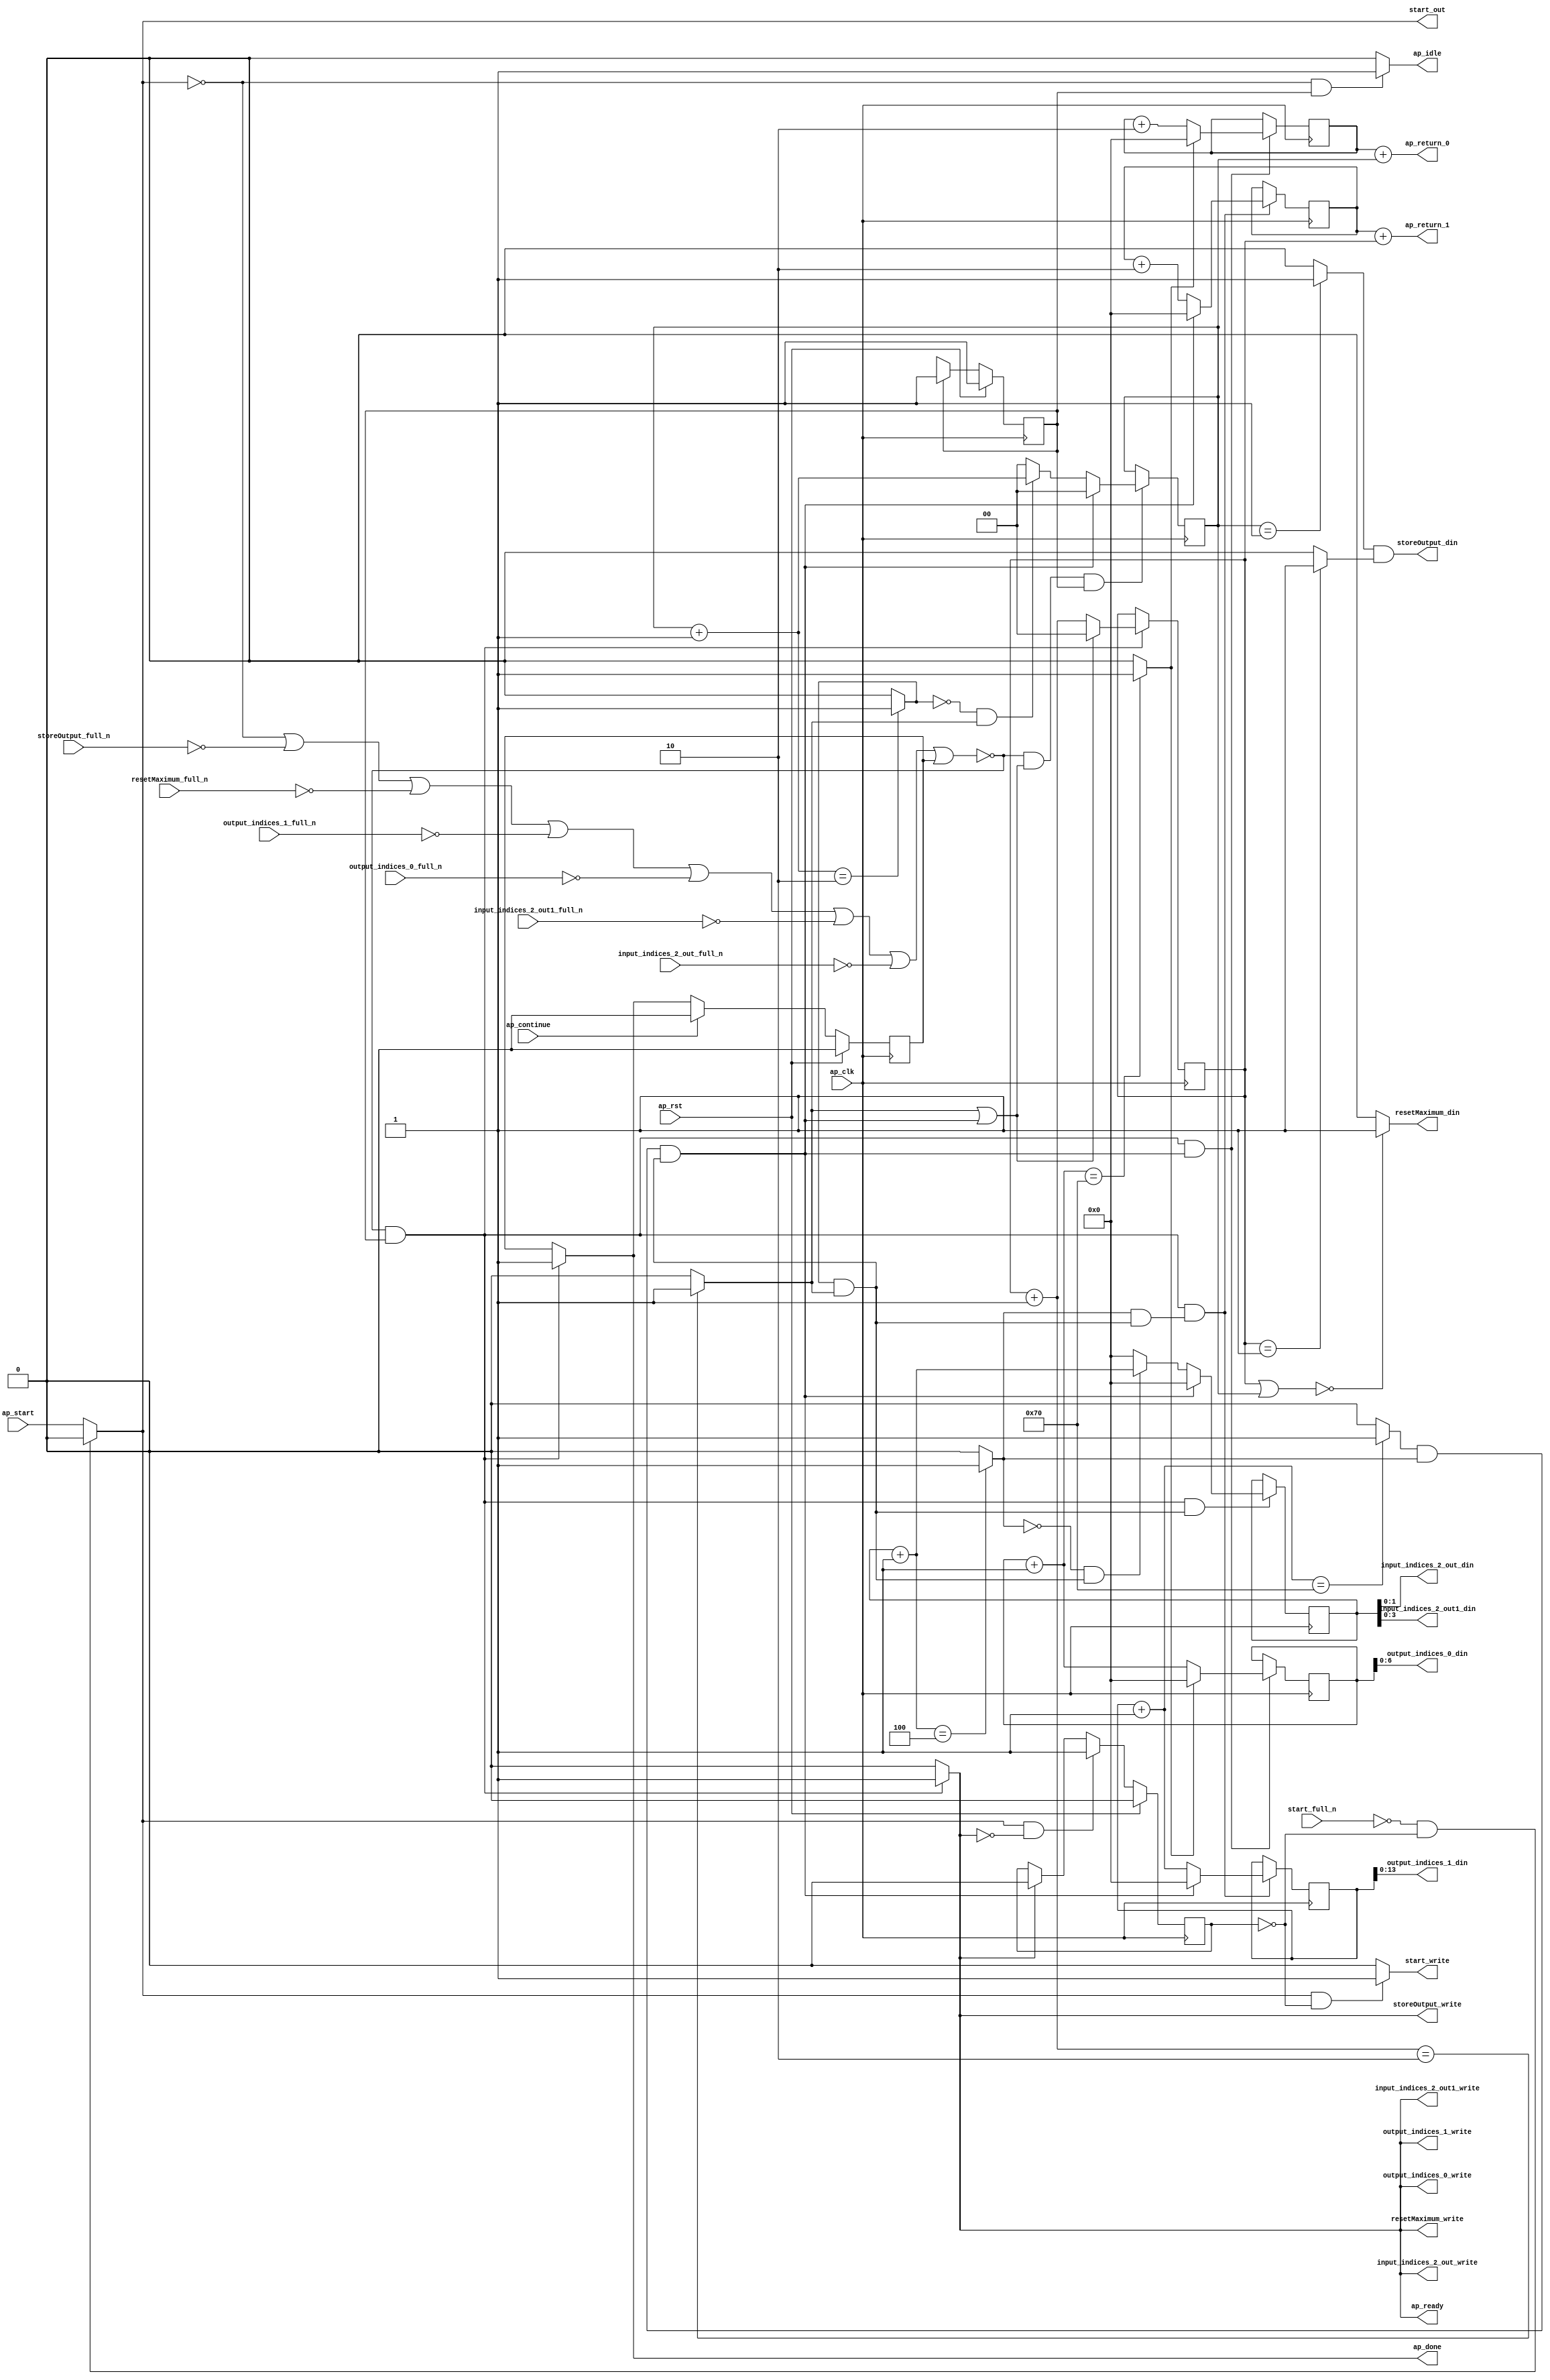
`define EXPONENT 5
`define MANTISSA 10
`define ACTUAL_MANTISSA 11
`define EXPONENT_LSB 10
`define EXPONENT_MSB 14
`define MANTISSA_LSB 0
`define MANTISSA_MSB 9
`define MANTISSA_MUL_SPLIT_LSB 3
`define MANTISSA_MUL_SPLIT_MSB 9
`define SIGN 1
`define SIGN_LOC 15
`define DWIDTH (`SIGN+`EXPONENT+`MANTISSA)
`define IEEE_COMPLIANCE 1

module td_fused_top_tdf1_get_next_ijk (
        ap_clk,
        ap_rst,
        ap_start,
        start_full_n,
        ap_done,
        ap_continue,
        ap_idle,
        ap_ready,
        start_out,
        start_write,
        input_indices_2_out_din,
        input_indices_2_out_full_n,
        input_indices_2_out_write,
        input_indices_2_out1_din,
        input_indices_2_out1_full_n,
        input_indices_2_out1_write,
        output_indices_0_din,
        output_indices_0_full_n,
        output_indices_0_write,
        output_indices_1_din,
        output_indices_1_full_n,
        output_indices_1_write,
        resetMaximum_din,
        resetMaximum_full_n,
        resetMaximum_write,
        storeOutput_din,
        storeOutput_full_n,
        storeOutput_write,
        ap_return_0,
        ap_return_1
);

parameter    ap_ST_fsm_state1 = 1'd1;

input   ap_clk;
input   ap_rst;
input   ap_start;
input   start_full_n;
output   ap_done;
input   ap_continue;
output   ap_idle;
output   ap_ready;
output   start_out;
output   start_write;
output  [1:0] input_indices_2_out_din;
input   input_indices_2_out_full_n;
output   input_indices_2_out_write;
output  [3:0] input_indices_2_out1_din;
input   input_indices_2_out1_full_n;
output   input_indices_2_out1_write;
output  [6:0] output_indices_0_din;
input   output_indices_0_full_n;
output   output_indices_0_write;
output  [13:0] output_indices_1_din;
input   output_indices_1_full_n;
output   output_indices_1_write;
output   resetMaximum_din;
input   resetMaximum_full_n;
output   resetMaximum_write;
output   storeOutput_din;
input   storeOutput_full_n;
output   storeOutput_write;
output  [15:0] ap_return_0;
output  [15:0] ap_return_1;

reg ap_done;
reg ap_idle;
reg start_write;
reg input_indices_2_out_write;
reg input_indices_2_out1_write;
reg output_indices_0_write;
reg output_indices_1_write;
reg resetMaximum_write;
reg storeOutput_write;

reg    real_start;
reg    start_once_reg;
reg    ap_done_reg;
  reg   [0:0] ap_CS_fsm;
wire    ap_CS_fsm_state1;
reg    internal_ap_ready;
reg   [1:0] i_p_3;
reg   [1:0] j_p_3;
reg   [15:0] i_7;
reg   [15:0] j_7;
reg   [15:0] k_7;
reg   [15:0] i_out_3;
reg   [15:0] j_out_3;
reg    input_indices_2_out_blk_n;
reg    input_indices_2_out1_blk_n;
reg    output_indices_0_blk_n;
reg    output_indices_1_blk_n;
reg    resetMaximum_blk_n;
reg    storeOutput_blk_n;
wire   [1:0] select_ln195_fu_344_p3;
reg    ap_block_state1;
wire   [0:0] or_ln195_fu_318_p2;
wire   [1:0] select_ln195_1_fu_352_p3;
wire   [15:0] select_ln200_fu_284_p3;
wire   [0:0] and_ln195_1_fu_312_p2;
wire   [15:0] select_ln195_2_fu_366_p3;
wire   [0:0] and_ln185_fu_360_p2;
wire   [15:0] select_ln195_3_fu_394_p3;
wire   [0:0] and_ln188_fu_300_p2;
wire   [15:0] select_ln200_1_fu_292_p3;
wire   [15:0] select_ln195_4_fu_402_p3;
wire   [1:0] or_ln177_fu_128_p2;
wire   [0:0] icmp_ln178_fu_141_p2;
wire   [0:0] icmp_ln178_1_fu_147_p2;
wire   [15:0] zext_ln179_fu_116_p1;
wire   [15:0] zext_ln180_fu_124_p1;
wire   [1:0] add_ln184_fu_212_p2;
wire   [1:0] add_ln187_fu_224_p2;
wire   [15:0] add_ln190_fu_236_p2;
wire   [15:0] add_ln194_fu_254_p2;
wire   [15:0] add_ln199_fu_272_p2;
wire   [0:0] icmp_ln200_fu_278_p2;
wire   [15:0] add_ln198_fu_266_p2;
wire   [0:0] icmp_ln185_fu_218_p2;
wire   [0:0] icmp_ln188_fu_230_p2;
wire   [0:0] icmp_ln191_fu_242_p2;
wire   [0:0] icmp_ln195_fu_260_p2;
wire   [0:0] and_ln195_fu_306_p2;
wire   [0:0] xor_ln188_fu_324_p2;
wire   [0:0] and_ln188_1_fu_330_p2;
wire   [1:0] select_ln188_fu_336_p3;
wire   [15:0] add_ln193_fu_248_p2;
wire   [0:0] xor_ln191_fu_374_p2;
wire   [0:0] and_ln191_fu_380_p2;
wire   [15:0] select_ln191_fu_386_p3;
wire   [15:0] add_ln179_fu_164_p2;
wire   [15:0] add_ln180_fu_174_p2;
reg   [0:0] ap_NS_fsm;
wire    ap_ce_reg;

// power-on initialization
initial begin
#0 start_once_reg = 1'b0;
#0 ap_done_reg = 1'b0;
#0 ap_CS_fsm = 1'd1;
#0 i_p_3 = 2'd0;
#0 j_p_3 = 2'd0;
#0 i_7 = 16'd0;
#0 j_7 = 16'd0;
#0 k_7 = 16'd0;
#0 i_out_3 = 16'd0;
#0 j_out_3 = 16'd0;
end

always @ (posedge ap_clk) begin
    if (ap_rst == 1'b1) begin
        ap_CS_fsm <= ap_ST_fsm_state1;
    end else begin
        ap_CS_fsm <= ap_NS_fsm;
    end
end

always @ (posedge ap_clk) begin
    if (ap_rst == 1'b1) begin
        ap_done_reg <= 1'b0;
    end else begin
        if ((ap_continue == 1'b1)) begin
            ap_done_reg <= 1'b0;
        end else if ((~((real_start == 1'b0) | (storeOutput_full_n == 1'b0) | (resetMaximum_full_n == 1'b0) | (output_indices_1_full_n == 1'b0) | (output_indices_0_full_n == 1'b0) | (input_indices_2_out1_full_n == 1'b0) | (input_indices_2_out_full_n == 1'b0) | (ap_done_reg == 1'b1)) & (1'b1 == ap_CS_fsm_state1))) begin
            ap_done_reg <= 1'b1;
        end
    end
end

always @ (posedge ap_clk) begin
    if (ap_rst == 1'b1) begin
        start_once_reg <= 1'b0;
    end else begin
        if (((real_start == 1'b1) & (internal_ap_ready == 1'b0))) begin
            start_once_reg <= 1'b1;
        end else if ((internal_ap_ready == 1'b1)) begin
            start_once_reg <= 1'b0;
        end
    end
end

always @ (posedge ap_clk) begin
    if ((~((real_start == 1'b0) | (storeOutput_full_n == 1'b0) | (resetMaximum_full_n == 1'b0) | (output_indices_1_full_n == 1'b0) | (output_indices_0_full_n == 1'b0) | (input_indices_2_out1_full_n == 1'b0) | (input_indices_2_out_full_n == 1'b0) | (ap_done_reg == 1'b1)) & (1'b1 == ap_CS_fsm_state1) & (1'd1 == and_ln195_1_fu_312_p2))) begin
        i_7 <= select_ln200_fu_284_p3;
        i_out_3 <= select_ln200_1_fu_292_p3;
    end
end

always @ (posedge ap_clk) begin
    if ((~((real_start == 1'b0) | (storeOutput_full_n == 1'b0) | (resetMaximum_full_n == 1'b0) | (output_indices_1_full_n == 1'b0) | (output_indices_0_full_n == 1'b0) | (input_indices_2_out1_full_n == 1'b0) | (input_indices_2_out_full_n == 1'b0) | (ap_done_reg == 1'b1)) & (or_ln195_fu_318_p2 == 1'd1) & (1'b1 == ap_CS_fsm_state1))) begin
        i_p_3 <= select_ln195_fu_344_p3;
    end
end

always @ (posedge ap_clk) begin
    if ((~((real_start == 1'b0) | (storeOutput_full_n == 1'b0) | (resetMaximum_full_n == 1'b0) | (output_indices_1_full_n == 1'b0) | (output_indices_0_full_n == 1'b0) | (input_indices_2_out1_full_n == 1'b0) | (input_indices_2_out_full_n == 1'b0) | (ap_done_reg == 1'b1)) & (1'b1 == ap_CS_fsm_state1) & (1'd1 == and_ln185_fu_360_p2))) begin
        j_7 <= select_ln195_2_fu_366_p3;
        j_out_3 <= select_ln195_4_fu_402_p3;
    end
end

always @ (posedge ap_clk) begin
    if ((~((real_start == 1'b0) | (storeOutput_full_n == 1'b0) | (resetMaximum_full_n == 1'b0) | (output_indices_1_full_n == 1'b0) | (output_indices_0_full_n == 1'b0) | (input_indices_2_out1_full_n == 1'b0) | (input_indices_2_out_full_n == 1'b0) | (ap_done_reg == 1'b1)) & (1'b1 == ap_CS_fsm_state1))) begin
        j_p_3 <= select_ln195_1_fu_352_p3;
    end
end

always @ (posedge ap_clk) begin
    if ((~((real_start == 1'b0) | (storeOutput_full_n == 1'b0) | (resetMaximum_full_n == 1'b0) | (output_indices_1_full_n == 1'b0) | (output_indices_0_full_n == 1'b0) | (input_indices_2_out1_full_n == 1'b0) | (input_indices_2_out_full_n == 1'b0) | (ap_done_reg == 1'b1)) & (1'b1 == ap_CS_fsm_state1) & (1'd1 == and_ln188_fu_300_p2))) begin
        k_7 <= select_ln195_3_fu_394_p3;
    end
end

always @ (*) begin
    if ((~((real_start == 1'b0) | (storeOutput_full_n == 1'b0) | (resetMaximum_full_n == 1'b0) | (output_indices_1_full_n == 1'b0) | (output_indices_0_full_n == 1'b0) | (input_indices_2_out1_full_n == 1'b0) | (input_indices_2_out_full_n == 1'b0) | (ap_done_reg == 1'b1)) & (1'b1 == ap_CS_fsm_state1))) begin
        ap_done = 1'b1;
    end else begin
        ap_done = ap_done_reg;
    end
end

always @ (*) begin
    if (((real_start == 1'b0) & (1'b1 == ap_CS_fsm_state1))) begin
        ap_idle = 1'b1;
    end else begin
        ap_idle = 1'b0;
    end
end

always @ (*) begin
    if ((~((real_start == 1'b0) | (ap_done_reg == 1'b1)) & (1'b1 == ap_CS_fsm_state1))) begin
        input_indices_2_out1_blk_n = input_indices_2_out1_full_n;
    end else begin
        input_indices_2_out1_blk_n = 1'b1;
    end
end

always @ (*) begin
    if ((~((real_start == 1'b0) | (storeOutput_full_n == 1'b0) | (resetMaximum_full_n == 1'b0) | (output_indices_1_full_n == 1'b0) | (output_indices_0_full_n == 1'b0) | (input_indices_2_out1_full_n == 1'b0) | (input_indices_2_out_full_n == 1'b0) | (ap_done_reg == 1'b1)) & (1'b1 == ap_CS_fsm_state1))) begin
        input_indices_2_out1_write = 1'b1;
    end else begin
        input_indices_2_out1_write = 1'b0;
    end
end

always @ (*) begin
    if ((~((real_start == 1'b0) | (ap_done_reg == 1'b1)) & (1'b1 == ap_CS_fsm_state1))) begin
        input_indices_2_out_blk_n = input_indices_2_out_full_n;
    end else begin
        input_indices_2_out_blk_n = 1'b1;
    end
end

always @ (*) begin
    if ((~((real_start == 1'b0) | (storeOutput_full_n == 1'b0) | (resetMaximum_full_n == 1'b0) | (output_indices_1_full_n == 1'b0) | (output_indices_0_full_n == 1'b0) | (input_indices_2_out1_full_n == 1'b0) | (input_indices_2_out_full_n == 1'b0) | (ap_done_reg == 1'b1)) & (1'b1 == ap_CS_fsm_state1))) begin
        input_indices_2_out_write = 1'b1;
    end else begin
        input_indices_2_out_write = 1'b0;
    end
end

always @ (*) begin
    if ((~((real_start == 1'b0) | (storeOutput_full_n == 1'b0) | (resetMaximum_full_n == 1'b0) | (output_indices_1_full_n == 1'b0) | (output_indices_0_full_n == 1'b0) | (input_indices_2_out1_full_n == 1'b0) | (input_indices_2_out_full_n == 1'b0) | (ap_done_reg == 1'b1)) & (1'b1 == ap_CS_fsm_state1))) begin
        internal_ap_ready = 1'b1;
    end else begin
        internal_ap_ready = 1'b0;
    end
end

always @ (*) begin
    if ((~((real_start == 1'b0) | (ap_done_reg == 1'b1)) & (1'b1 == ap_CS_fsm_state1))) begin
        output_indices_0_blk_n = output_indices_0_full_n;
    end else begin
        output_indices_0_blk_n = 1'b1;
    end
end

always @ (*) begin
    if ((~((real_start == 1'b0) | (storeOutput_full_n == 1'b0) | (resetMaximum_full_n == 1'b0) | (output_indices_1_full_n == 1'b0) | (output_indices_0_full_n == 1'b0) | (input_indices_2_out1_full_n == 1'b0) | (input_indices_2_out_full_n == 1'b0) | (ap_done_reg == 1'b1)) & (1'b1 == ap_CS_fsm_state1))) begin
        output_indices_0_write = 1'b1;
    end else begin
        output_indices_0_write = 1'b0;
    end
end

always @ (*) begin
    if ((~((real_start == 1'b0) | (ap_done_reg == 1'b1)) & (1'b1 == ap_CS_fsm_state1))) begin
        output_indices_1_blk_n = output_indices_1_full_n;
    end else begin
        output_indices_1_blk_n = 1'b1;
    end
end

always @ (*) begin
    if ((~((real_start == 1'b0) | (storeOutput_full_n == 1'b0) | (resetMaximum_full_n == 1'b0) | (output_indices_1_full_n == 1'b0) | (output_indices_0_full_n == 1'b0) | (input_indices_2_out1_full_n == 1'b0) | (input_indices_2_out_full_n == 1'b0) | (ap_done_reg == 1'b1)) & (1'b1 == ap_CS_fsm_state1))) begin
        output_indices_1_write = 1'b1;
    end else begin
        output_indices_1_write = 1'b0;
    end
end

always @ (*) begin
    if (((start_full_n == 1'b0) & (start_once_reg == 1'b0))) begin
        real_start = 1'b0;
    end else begin
        real_start = ap_start;
    end
end

always @ (*) begin
    if ((~((real_start == 1'b0) | (ap_done_reg == 1'b1)) & (1'b1 == ap_CS_fsm_state1))) begin
        resetMaximum_blk_n = resetMaximum_full_n;
    end else begin
        resetMaximum_blk_n = 1'b1;
    end
end

always @ (*) begin
    if ((~((real_start == 1'b0) | (storeOutput_full_n == 1'b0) | (resetMaximum_full_n == 1'b0) | (output_indices_1_full_n == 1'b0) | (output_indices_0_full_n == 1'b0) | (input_indices_2_out1_full_n == 1'b0) | (input_indices_2_out_full_n == 1'b0) | (ap_done_reg == 1'b1)) & (1'b1 == ap_CS_fsm_state1))) begin
        resetMaximum_write = 1'b1;
    end else begin
        resetMaximum_write = 1'b0;
    end
end

always @ (*) begin
    if (((real_start == 1'b1) & (start_once_reg == 1'b0))) begin
        start_write = 1'b1;
    end else begin
        start_write = 1'b0;
    end
end

always @ (*) begin
    if ((~((real_start == 1'b0) | (ap_done_reg == 1'b1)) & (1'b1 == ap_CS_fsm_state1))) begin
        storeOutput_blk_n = storeOutput_full_n;
    end else begin
        storeOutput_blk_n = 1'b1;
    end
end

always @ (*) begin
    if ((~((real_start == 1'b0) | (storeOutput_full_n == 1'b0) | (resetMaximum_full_n == 1'b0) | (output_indices_1_full_n == 1'b0) | (output_indices_0_full_n == 1'b0) | (input_indices_2_out1_full_n == 1'b0) | (input_indices_2_out_full_n == 1'b0) | (ap_done_reg == 1'b1)) & (1'b1 == ap_CS_fsm_state1))) begin
        storeOutput_write = 1'b1;
    end else begin
        storeOutput_write = 1'b0;
    end
end

always @ (*) begin
    case (ap_CS_fsm)
        ap_ST_fsm_state1 : begin
            ap_NS_fsm = ap_ST_fsm_state1;
        end
        default : begin
            ap_NS_fsm = 'bx;
        end
    endcase
end

assign add_ln179_fu_164_p2 = (i_7 + zext_ln179_fu_116_p1);

assign add_ln180_fu_174_p2 = (j_7 + zext_ln180_fu_124_p1);

assign add_ln184_fu_212_p2 = (j_p_3 + 2'd1);

assign add_ln187_fu_224_p2 = (i_p_3 + 2'd1);

assign add_ln190_fu_236_p2 = (k_7 + 16'd1);

assign add_ln193_fu_248_p2 = (j_7 + 16'd2);

assign add_ln194_fu_254_p2 = (j_out_3 + 16'd1);

assign add_ln198_fu_266_p2 = (i_7 + 16'd2);

assign add_ln199_fu_272_p2 = (i_out_3 + 16'd1);

assign and_ln185_fu_360_p2 = (icmp_ln191_fu_242_p2 & and_ln188_fu_300_p2);

assign and_ln188_1_fu_330_p2 = (xor_ln188_fu_324_p2 & icmp_ln185_fu_218_p2);

assign and_ln188_fu_300_p2 = (icmp_ln188_fu_230_p2 & icmp_ln185_fu_218_p2);

assign and_ln191_fu_380_p2 = (xor_ln191_fu_374_p2 & and_ln188_fu_300_p2);

assign and_ln195_1_fu_312_p2 = (and_ln195_fu_306_p2 & and_ln188_fu_300_p2);

assign and_ln195_fu_306_p2 = (icmp_ln195_fu_260_p2 & icmp_ln191_fu_242_p2);

assign ap_CS_fsm_state1 = ap_CS_fsm[32'd0];

always @ (*) begin
    ap_block_state1 = ((real_start == 1'b0) | (storeOutput_full_n == 1'b0) | (resetMaximum_full_n == 1'b0) | (output_indices_1_full_n == 1'b0) | (output_indices_0_full_n == 1'b0) | (input_indices_2_out1_full_n == 1'b0) | (input_indices_2_out_full_n == 1'b0) | (ap_done_reg == 1'b1));
end

assign ap_ready = internal_ap_ready;

assign ap_return_0 = add_ln179_fu_164_p2;

assign ap_return_1 = add_ln180_fu_174_p2;

assign icmp_ln178_1_fu_147_p2 = ((j_p_3 == 2'd1) ? 1'b1 : 1'b0);

assign icmp_ln178_fu_141_p2 = ((i_p_3 == 2'd1) ? 1'b1 : 1'b0);

assign icmp_ln185_fu_218_p2 = ((add_ln184_fu_212_p2 == 2'd2) ? 1'b1 : 1'b0);

assign icmp_ln188_fu_230_p2 = ((add_ln187_fu_224_p2 == 2'd2) ? 1'b1 : 1'b0);

assign icmp_ln191_fu_242_p2 = ((add_ln190_fu_236_p2 == 16'd4) ? 1'b1 : 1'b0);

assign icmp_ln195_fu_260_p2 = ((add_ln194_fu_254_p2 == 16'd112) ? 1'b1 : 1'b0);

assign icmp_ln200_fu_278_p2 = ((add_ln199_fu_272_p2 == 16'd112) ? 1'b1 : 1'b0);

assign input_indices_2_out1_din = k_7[3:0];

assign input_indices_2_out_din = k_7[1:0];

assign or_ln177_fu_128_p2 = (j_p_3 | i_p_3);

assign or_ln195_fu_318_p2 = (icmp_ln185_fu_218_p2 | and_ln195_1_fu_312_p2);

assign output_indices_0_din = i_out_3[6:0];

assign output_indices_1_din = j_out_3[13:0];

assign resetMaximum_din = ((or_ln177_fu_128_p2 == 2'd0) ? 1'b1 : 1'b0);

assign select_ln188_fu_336_p3 = ((and_ln188_1_fu_330_p2[0:0] == 1'b1) ? add_ln187_fu_224_p2 : 2'd0);

assign select_ln191_fu_386_p3 = ((and_ln191_fu_380_p2[0:0] == 1'b1) ? add_ln190_fu_236_p2 : 16'd0);

assign select_ln195_1_fu_352_p3 = ((or_ln195_fu_318_p2[0:0] == 1'b1) ? 2'd0 : add_ln184_fu_212_p2);

assign select_ln195_2_fu_366_p3 = ((and_ln195_1_fu_312_p2[0:0] == 1'b1) ? 16'd0 : add_ln193_fu_248_p2);

assign select_ln195_3_fu_394_p3 = ((and_ln195_1_fu_312_p2[0:0] == 1'b1) ? 16'd0 : select_ln191_fu_386_p3);

assign select_ln195_4_fu_402_p3 = ((and_ln195_1_fu_312_p2[0:0] == 1'b1) ? 16'd0 : add_ln194_fu_254_p2);

assign select_ln195_fu_344_p3 = ((and_ln195_1_fu_312_p2[0:0] == 1'b1) ? 2'd0 : select_ln188_fu_336_p3);

assign select_ln200_1_fu_292_p3 = ((icmp_ln200_fu_278_p2[0:0] == 1'b1) ? 16'd0 : add_ln199_fu_272_p2);

assign select_ln200_fu_284_p3 = ((icmp_ln200_fu_278_p2[0:0] == 1'b1) ? 16'd0 : add_ln198_fu_266_p2);

assign start_out = real_start;

assign storeOutput_din = (icmp_ln178_fu_141_p2 & icmp_ln178_1_fu_147_p2);

assign xor_ln188_fu_324_p2 = (icmp_ln188_fu_230_p2 ^ 1'd1);

assign xor_ln191_fu_374_p2 = (icmp_ln191_fu_242_p2 ^ 1'd1);

assign zext_ln179_fu_116_p1 = i_p_3;

assign zext_ln180_fu_124_p1 = j_p_3;

endmodule //td_fused_top_tdf1_get_next_ijk